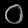
Digit: ၀